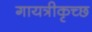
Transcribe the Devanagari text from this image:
गायत्रीकृच्छ